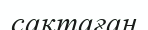
сақтаған